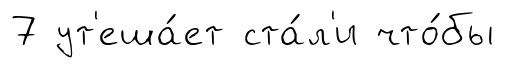
7 ут'еша́ет ста́л'и что́бы